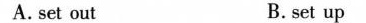
A.set out B.set up